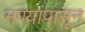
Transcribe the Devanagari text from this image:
मण्यांपासून